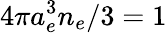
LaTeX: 4\pi a_{e}^{3}n_{e}/3=1